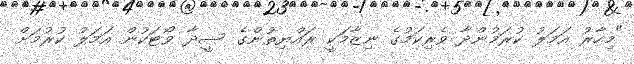
"މިހާރު އަމަލު ކުރަމުންދާ ވެރިކަމުގެ ނިޒާމަކީ ރައްޔިތުންގެ ސީދާ ވޯޓަކުން އަމަލު ކުރުމަށް